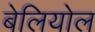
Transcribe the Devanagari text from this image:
बेलियोल